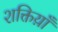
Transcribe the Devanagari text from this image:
शक्तिय़ाँ